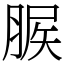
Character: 䐅